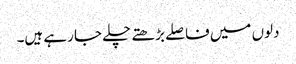
دلوں میں فاصلے بڑھتے چلے جا رہے ہیں۔